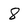
Character: 8